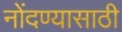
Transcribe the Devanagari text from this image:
नोंदण्यासाठी